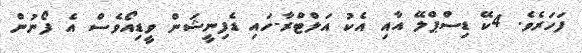
ފަހަރެވެ. 4ކޭ ޑިސްޕްލޭ އާއި އެކު އަލްޓްރާ-ހައި ޑެފިނީޝަން ވީޑިއޯވެސް އެ ފޯނުން